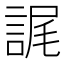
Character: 𮘕